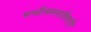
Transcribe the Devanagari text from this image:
पत्नीत्वमनायियापि